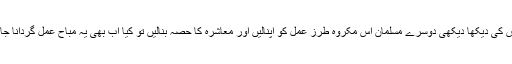
لیکن اس کی دیکھا دیکھی دوسرے مسلمان اس مکروہ طرز عمل کو اپنالیں اور معاشرہ کا حصہ بنالیں تو کیا اب بھی یہ مباح عمل گردانا جائے گا؟